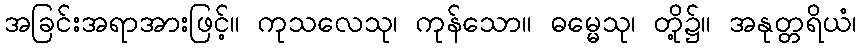
အခြင်းအရာအားဖြင့်။ ကုသလေသု၊ ကုန်သော။ ဓမ္မေသု၊ တို့၌။ အနုတ္တရိယံ၊